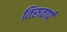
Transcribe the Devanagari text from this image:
तिरुवार्प